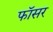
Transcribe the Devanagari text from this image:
फॉसर